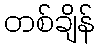
တစ်ချိန်